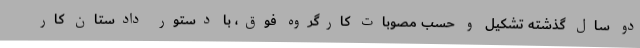
دو سال گذشته تشکیل و حسب مصوبات کارگروه فوق، با دستور دادستان کار